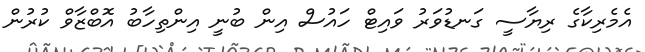
އެމެރިކާގެ ރިޔާސީ ގަނޑުވަރު ވައިޓް ހައުސް އިން ބުނީ އިންތިހާބު އޮބްޒާވް ކުރުން